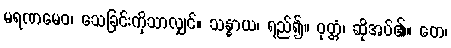
မရဏမေဝ၊ သေခြင်းကိုသာလျှင်။ သန္ဓာယ၊ ရည်၍။ ဝုတ္တံ၊ ဆိုအပ်၏။ တေ၊